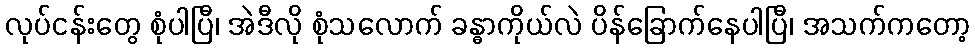
လုပ်ငန်းတွေ စုံပါပြီ၊ အဲဒီလို စုံသလောက် ခန္ဓာကိုယ်လဲ ပိန်ခြောက်နေပါပြီ၊ အသက်ကတော့